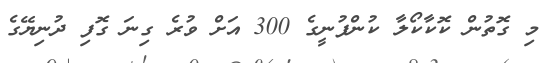
މި ގޮތުން ކޮކާކޯލާ ކުންފުނީގެ 300 އަށް ވުރެ ގިނަ ގޮފި ދުނިޔޭގެ